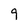
Character: 9